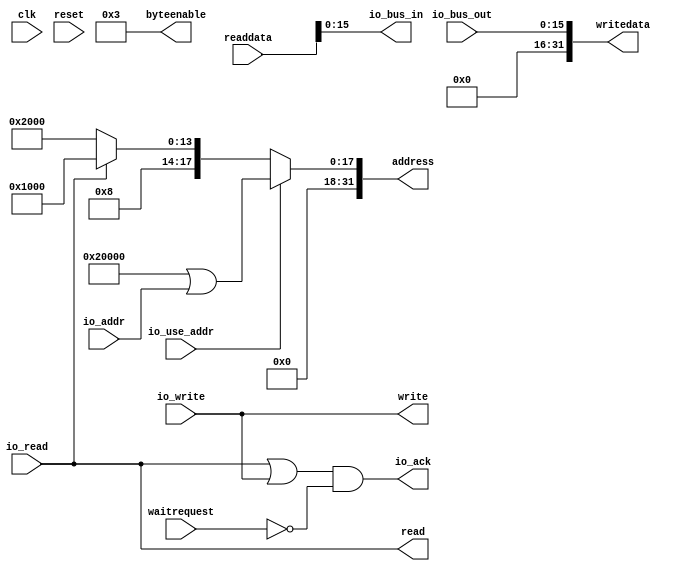
module sextium_avalon_io
#(
	parameter READ_FIFO_ADDR = 32'h21000,
	parameter WRITE_FIFO_ADDR = 32'h22000,
        parameter IO_ADDR_OFFSET = 32'h20000
)
(
	input clk,
	input reset,
	
	output [31:0] address,
	output read,
	input [31:0] readdata,
	input waitrequest,
	output write,
	output [31:0] writedata,
	output [3:0] byteenable,
	
	output [15:0] io_bus_in,
	input [15:0] io_bus_out,
	input [15:0] io_addr,
	input io_use_addr,
	input io_read,
	input io_write,
	output io_ack
);

	assign address = io_use_addr ? IO_ADDR_OFFSET | io_addr : io_read ? READ_FIFO_ADDR : WRITE_FIFO_ADDR;
	
	assign byteenable = 4'b0011;
	
	assign read = io_read;
	assign write = io_write;
	assign writedata = io_bus_out;
	assign io_bus_in = readdata;
	assign io_ack = (io_read | io_write) & ~waitrequest;
	
endmodule